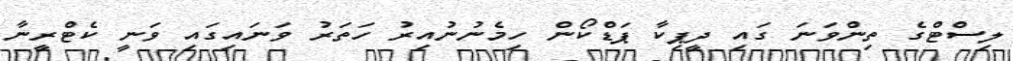
ލިސްޓްގެ ތިންވަނަ ގައި ދީޕިކާ ޕަޑްކޯން ހިމެނުނުއިރު ހަތަރު ވަނައިގައި ވަނީ ކެޓްރީނާ